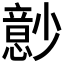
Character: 𰍬